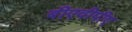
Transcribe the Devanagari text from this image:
बीएवीपीए